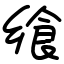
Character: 飨